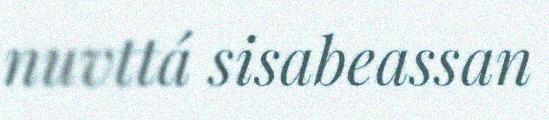
nuvttá sisabeassan